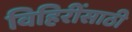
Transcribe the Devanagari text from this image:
विहिरींसाठी